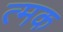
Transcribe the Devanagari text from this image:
त्मक